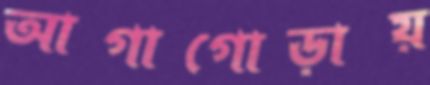
আগাগোড়ায়